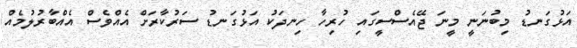
އަޅުގަނޑު މިބުނަނީ މީނަ ޖޭއެސްސީގައި ހުރިހާ ހިނދަކު އަޅުގަނޑު ސަރުކާރަށް އެއްވެސް އެއްބާރުލުމެއް